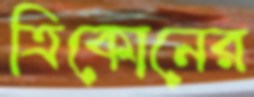
ত্রিকোনের